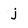
Character: j